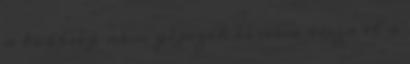
a többség nem gépezik és nem issza el a